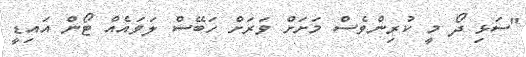
"ސަޅި ދޯ މީ ކުރިންވެސް މަށަށް ވަރަށް ހަބޭސް ލަވައެއް ޓޯން އައިޑީ